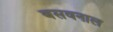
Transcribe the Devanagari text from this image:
बसवनाल